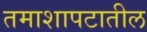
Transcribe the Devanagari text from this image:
तमाशापटातील